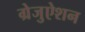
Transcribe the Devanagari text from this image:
ग्रेजुऐशन